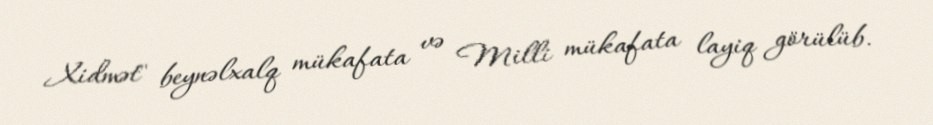
Xidmət" beynəlxalq mükafata və Milli mükafata layiq görülüb.